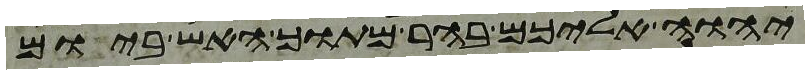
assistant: יהוה אליכם בהר מתוך האש ביום